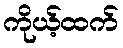
ကိုယ့်ထက်